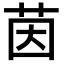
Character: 茵